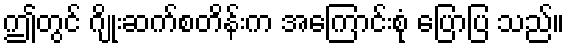
ဤတွင် ဂျိုးဆက်စတိန်းက အကြောင်းစုံ ပြောပြ သည်။